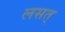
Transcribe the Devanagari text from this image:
लसत्